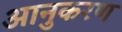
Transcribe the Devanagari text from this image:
आनुकरण